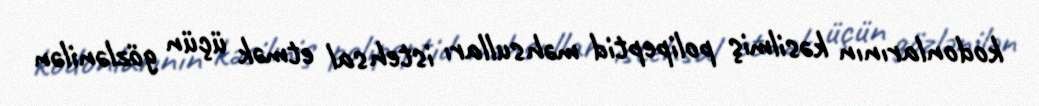
kodonlarının kəsilmiş polipeptid məhsulları istehsal etmək üçün gözlənilən